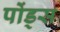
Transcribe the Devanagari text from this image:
पोंड्स